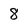
Character: 8